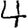
Digit: 4